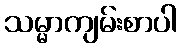
သမ္မာကျမ်းစာပါ